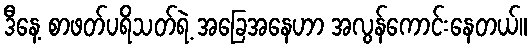
ဒီနေ့ စာဖတ်ပရိသတ်ရဲ့ အခြေအနေဟာ အလွန်ကောင်းနေတယ်။